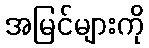
အမြင်များကို